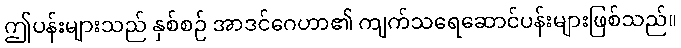
ဤပန်းများသည် နှစ်စဉ် အာဒင်ဂေဟာ၏ ကျက်သရေဆောင်ပန်းများဖြစ်သည်။